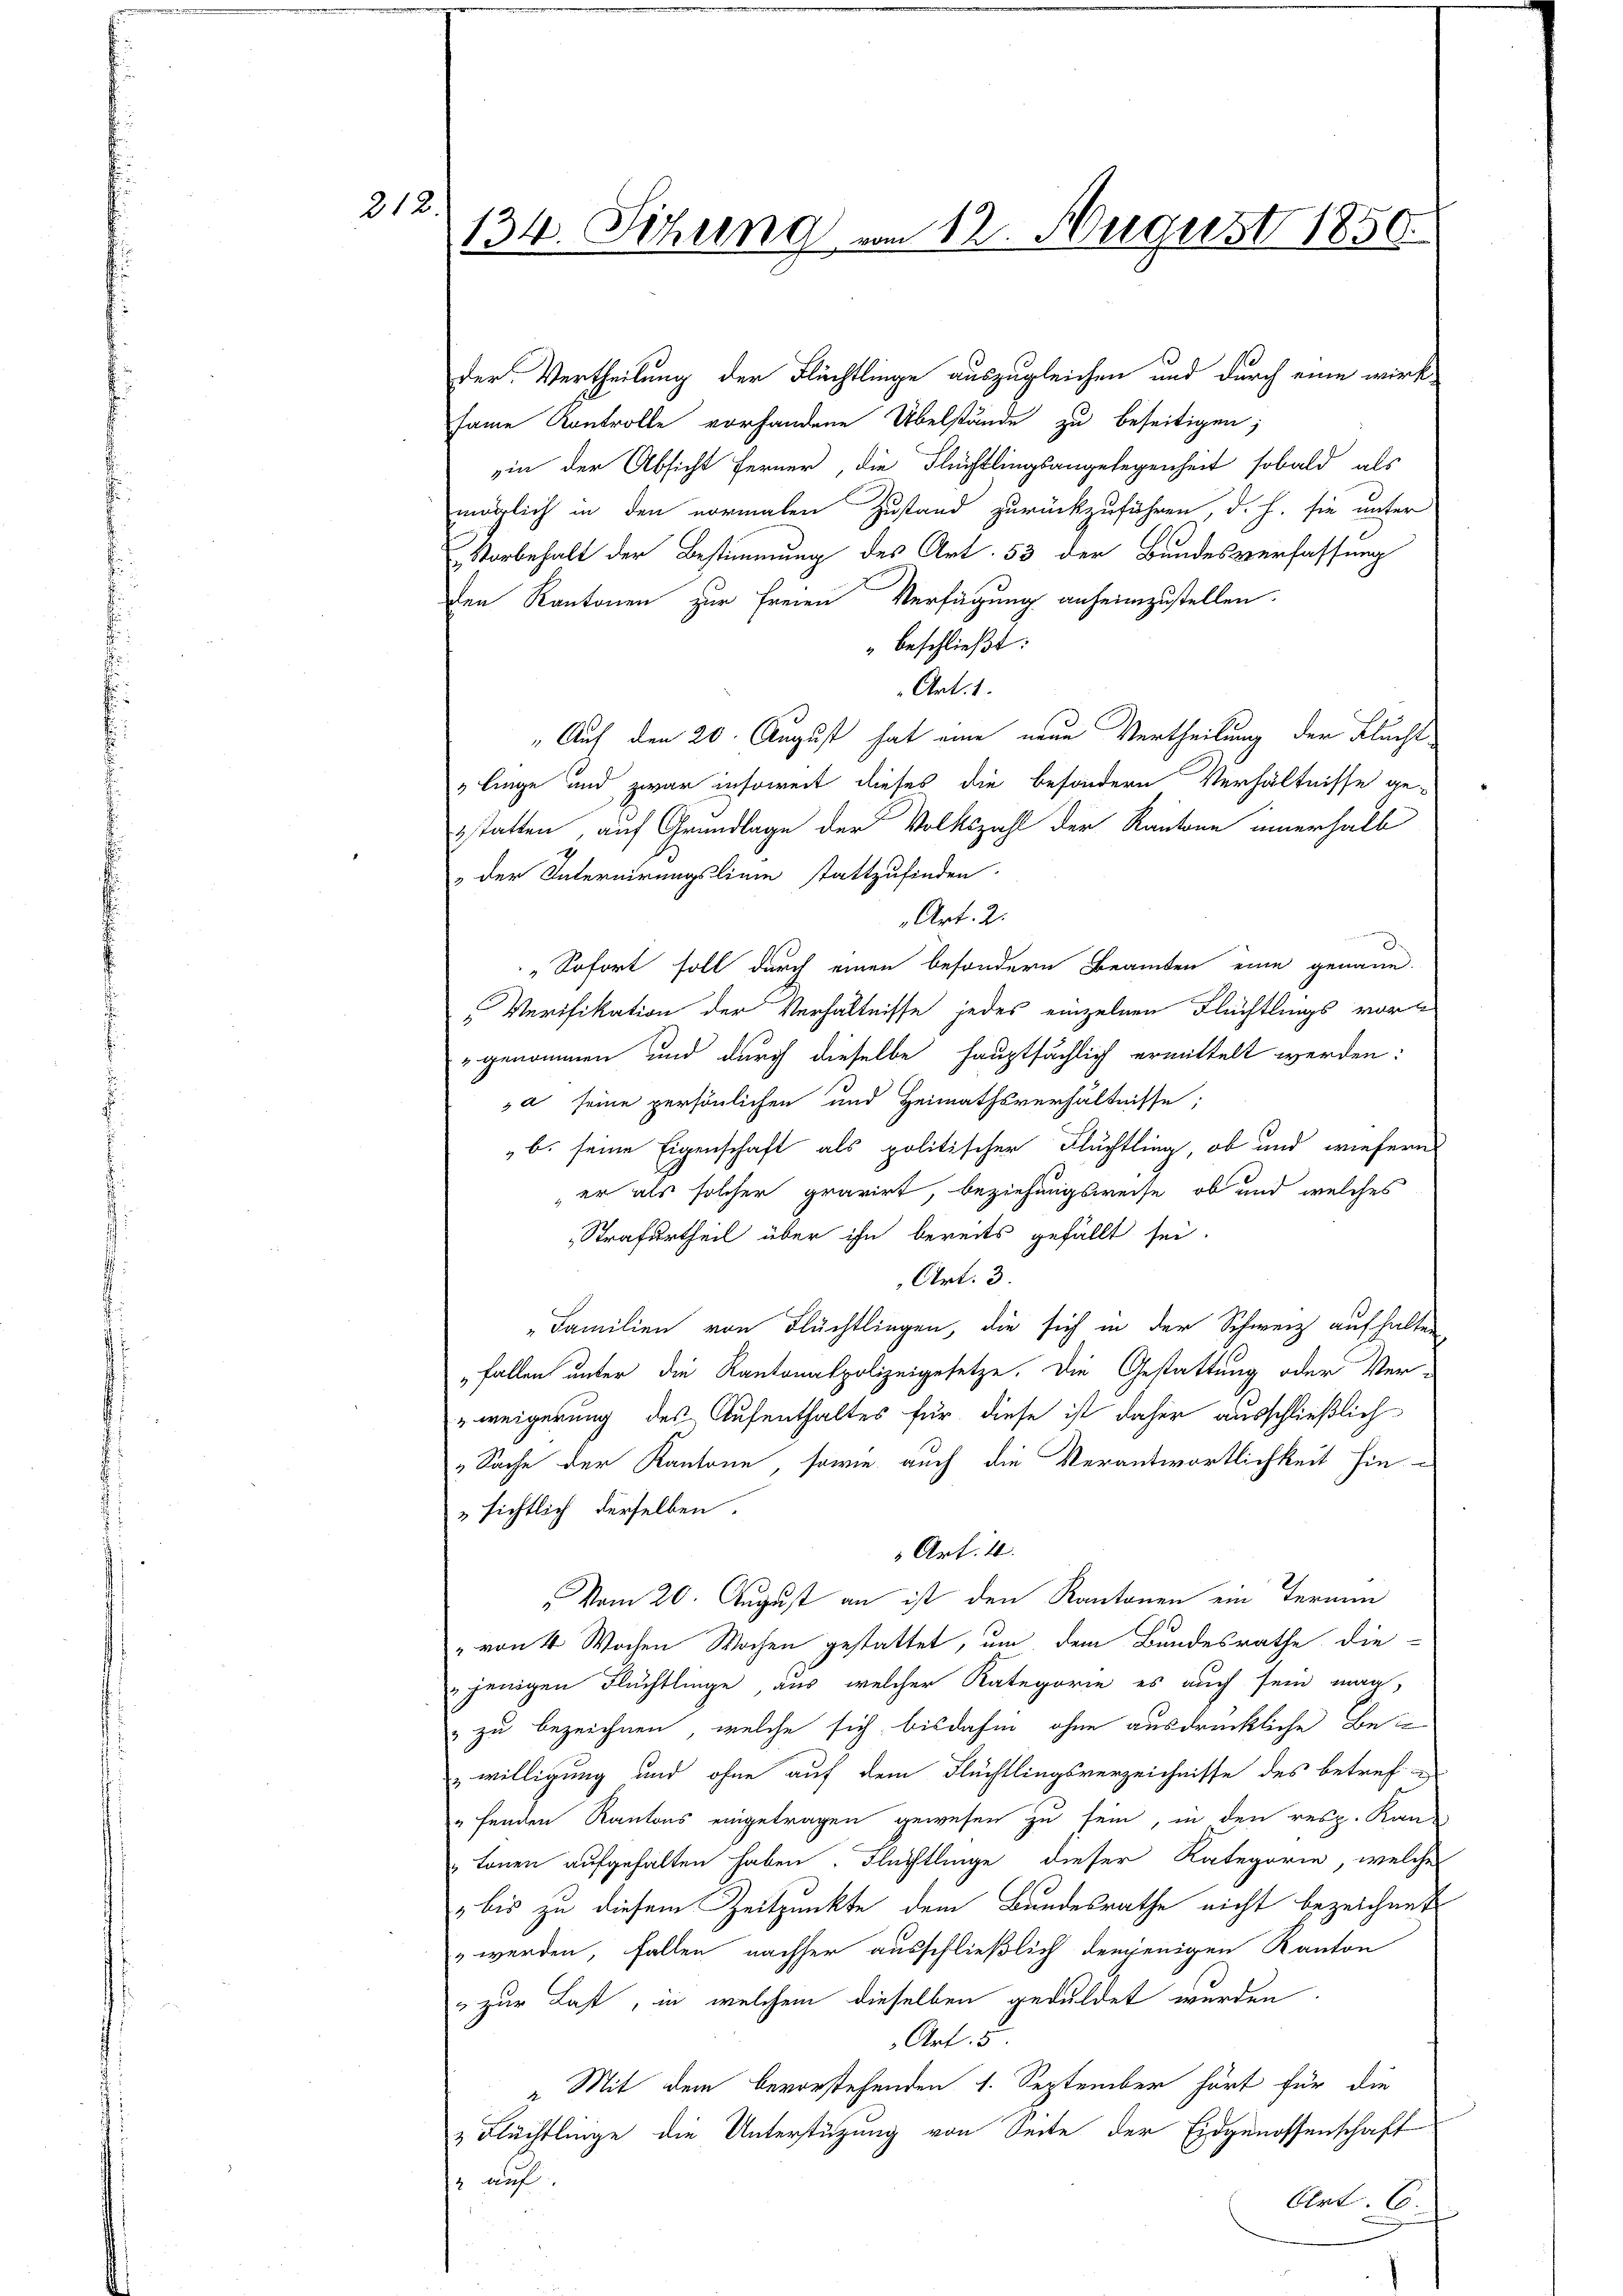
212

134. Sitzung vom 12. August 1850.

der Vertheilung der Flüchtlinge auszugleichen und durch eine wirk
same Kontrolle vorhandene Übelstände zu beseitigen;
in der Absicht ferner, die Flüchtlingsangelegenheit sobald als
möglich in den vormalen Zustand zurückzuführen, d. h. sie unter
Vorbehalt der Bestimmung des Art. 53 der Bundesverfassung
en Kantonen zur freien Verfügung anheimzustellen.
" beschließt:
Art. 1.
„Auf den 20. August hat eine neue Vertheilung der Flucht
linge und zwar insoweit dieses die besondern Verhältnisse ge-
sstatten, auf Grundlage der Volkszahl der Kantone innerhalb
der Internirungslinie stattzufinden.
Art. 2
„Sofort soll durch einen besondern Beamten eine genaue
Merifikation der Verhältnisse jedes einzelnen Flüchtlings vor
" genommen und durch dieselbe hauptsächlich ermittelt werden:
a seine persönlichen und Heimathsverhältnisse;
b. seine Eigenschaft als politischer Flüchtling, ob und wiefern
er als solcher gravirt, beziehungsweise, ob und welches
Strafurtheil über ihn bereits gefällt sei.
Art. 3.
„Familien von Flüchtlingen, die sich in der Schweiz aufhalten
„fallen unter die Kantonalpolizeigesetze. Die Gestattung oder Ver-
weigerung des Aufenthaltes für diese ist daher ausschließlich
„Sache der Kantone, sowie auch die Verantwortlichkeit hie
sichtlich derselben.
Art. 11.
" vom 20. August an ist den Kantonen ein Termin
" von 4 Wochen Wochen gestattet, um dem Bundesrathe die-
jenigen Flüchtlinge aus welcher Kategorie es auch sein mag,
" zu bezeichnen, welche sich bisdahin ohne ausdrückliche Bei
willigung und ohne auf dem Flüchtlingsverzeichnisse des betref-
"fenden Kantons eingetragen gewesen zu sein, in den resp. Kan-
tonen aufgehalten haben. Flüchtlinge dieser Kategorie, welche
bis zu diesem Zeitpunkte dem Bundesrathe nicht bezeichnet
" werden, fallen nachher ausschließlich denjenigen Kanton
" zur Last, in welchem dieselben geduldet werden.
Art. 5
z. Mit dem bevorstehenden 1. September hört für die
& Flüchtlinge die Unterstützung von Seite der Eidgenossenschaft
" auf
Art.